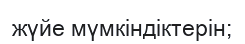
жүйе мүмкіндіктерін;